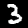
Digit: 3